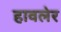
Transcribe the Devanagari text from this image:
हावलेर